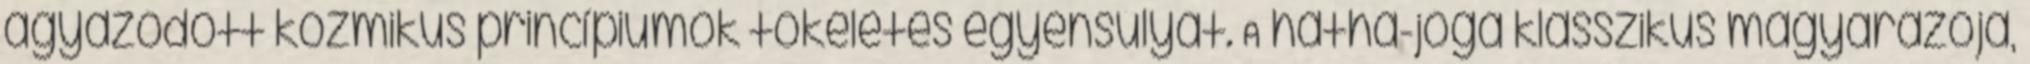
ágyazódott kozmikus princípiumok tökéletes egyensúlyát. A hatha-jóga klasszikus magyarázója,